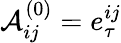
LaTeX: \mathcal{A}_{ij}^{(0)}=e_{\tau}^{ij}